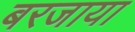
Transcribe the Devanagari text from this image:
बरजाया